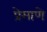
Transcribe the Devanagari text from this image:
प्रेमाणे